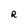
Character: R